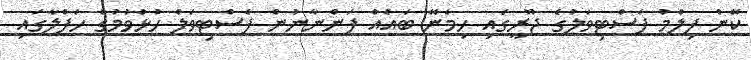
ކޭން ފިލްމު ފެސްޓިވަލުގެ ޖޫރީގައި ހިމެނޭ ބައެއް ފަންނާނުން ފެސްޓިވަލް ހުޅުވުމުގެ ހަފްލާގައި